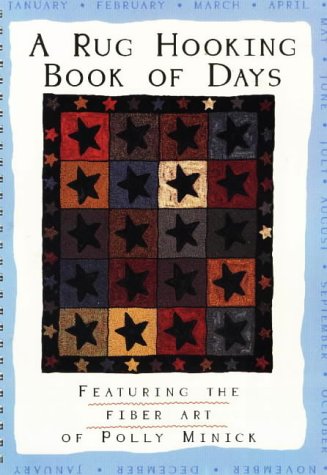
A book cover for Rug Hooking Book of Days; Polly Minick; Crafts, Hobbies & Home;